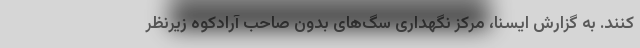
کنند. به گزارش ایسنا، مرکز نگهداری سگ‌های بدون صاحب آرادکوه زیرنظر